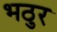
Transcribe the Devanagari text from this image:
भठुर